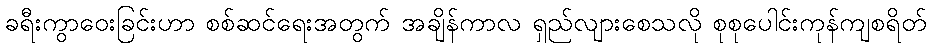
ခရီးကွာဝေးခြင်းဟာ စစ်ဆင်ရေးအတွက် အချိန်ကာလ ရှည်လျားစေသလို စုစုပေါင်းကုန်ကျစရိတ်